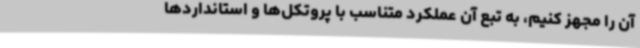
آن را مجهز کنیم، به تبع آن عملکرد متناسب با پروتکل‌ها و استانداردها